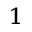
^ 1